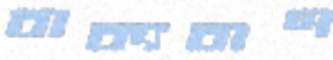
বাক্যবাণ